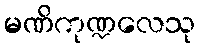
မဏိကုဏ္ဍလေသု